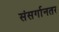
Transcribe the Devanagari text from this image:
संसर्गानतर